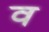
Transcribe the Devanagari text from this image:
व